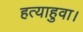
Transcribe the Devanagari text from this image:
हत्याहुवा।